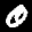
Label: 0